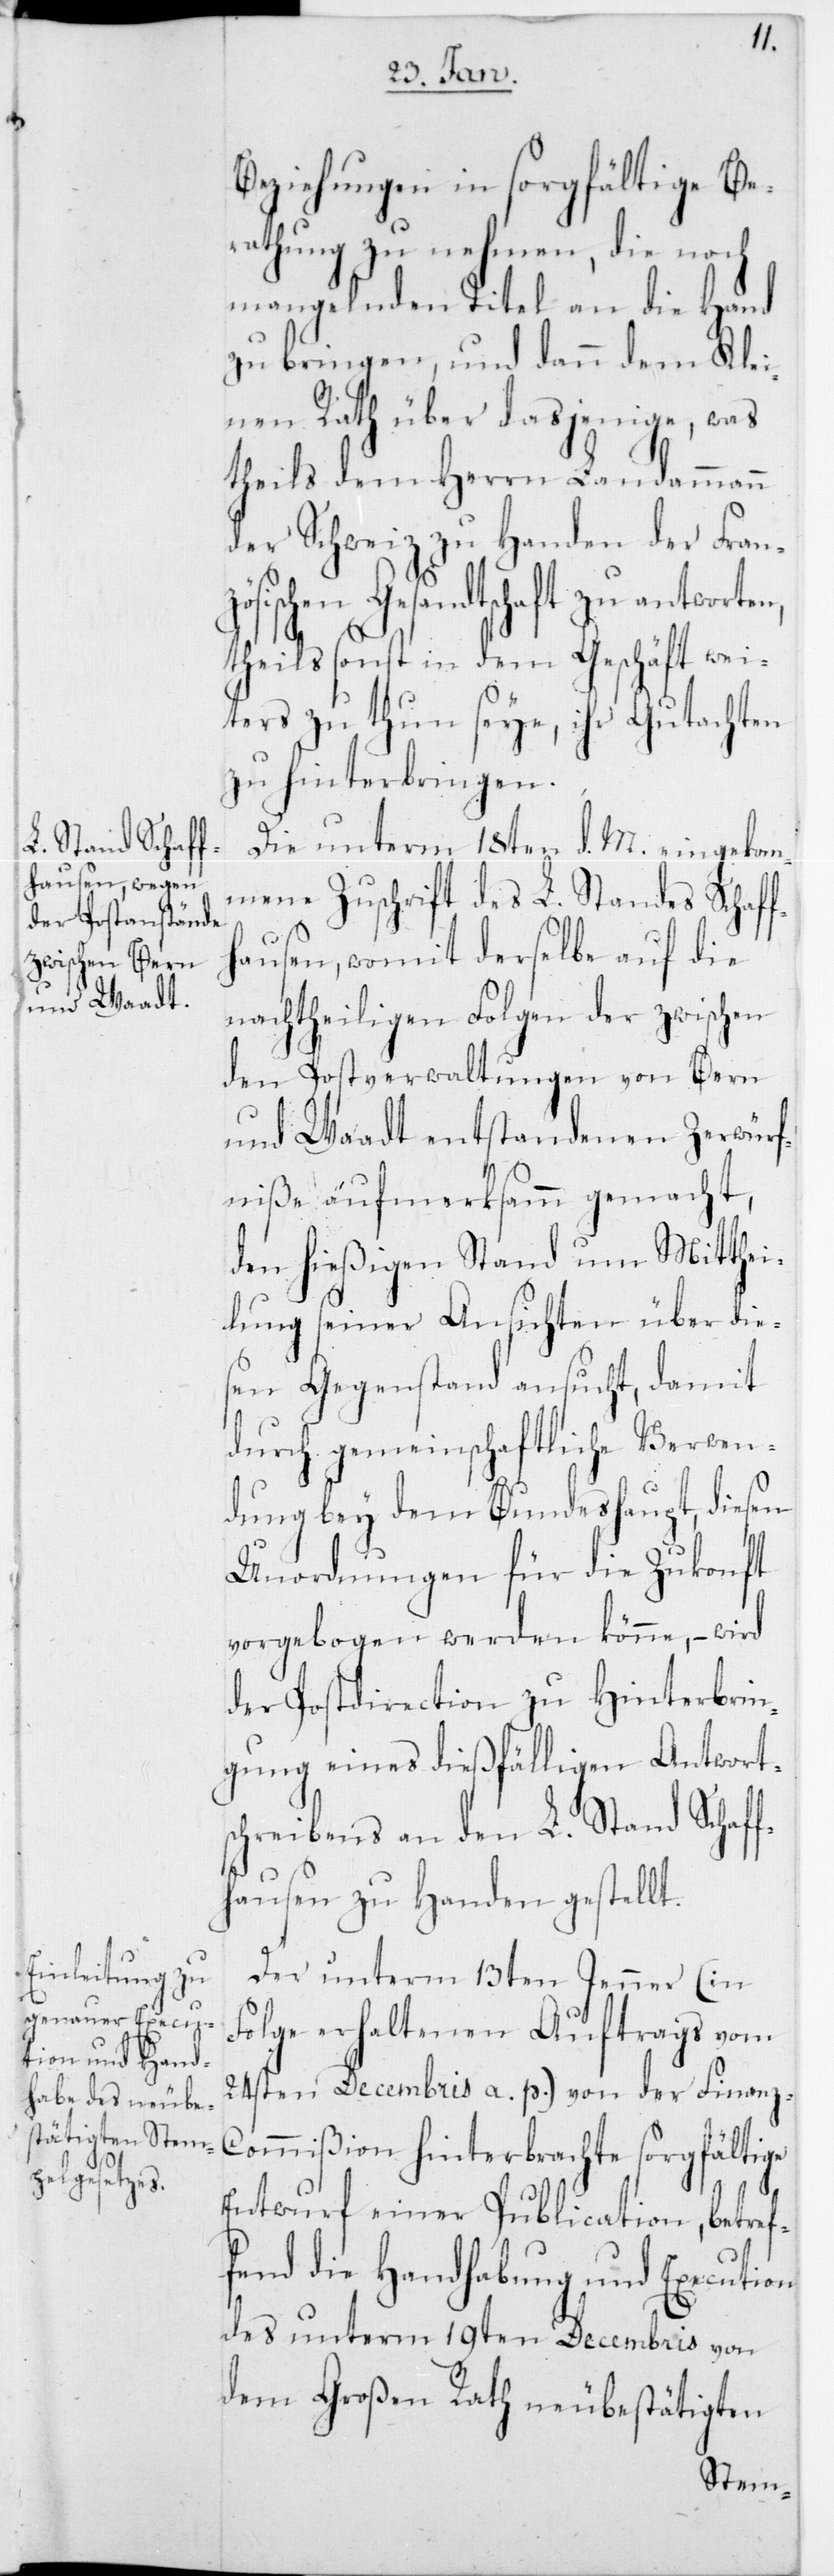
n,
Beziehungen in sorgfältige Be¬
rathung zu nehmen, die noch
mangelnden Titel an die Hand
zu bringen und dann dem Klei¬
nen Rat über dasjenige, was
theils dem Herrn Landammann
der Schweiz zu Handen der Fran¬
sischen Gesandtschaft zu antworte¬
theils sonst in dem Geschäft wei¬
ters zu thun seye, ihr Gutachten
zu hinterbringen.
Die unterm 18ten d. M. eingekom¬
mene Zuschrift des L. Standes Schaff¬
hausen, womit derselbe auf die
nachtheiligen Folgen der zwischen
den Postverwaltungen von Bern
und Waadt entstandenen Zerwürf¬
niße aufmerksamm gemacht,
den hießigen Stand um Mitthei¬
lung seiner Ansichten über die¬
sen Gegenstand ansucht, damit
durch gemeinschaftliche Verwen¬
dung bey dem Bundeshaupt, diesen
Unordnungen für die Zukonft
vorgebogen werden könne, – wird
der Postdirection zu Hinterbrin¬
gung eines dießfälligen Antwort¬
schreibens an den L Stand Schaff¬
hausen zu Handen gestellt.
Der unterm 13ten Jenner (in
Folge erhaltenen Auftrags vom
24sten Decembris a. p.) von der Finanz-C¬
ommißion hinterbrachte sorgfältige
Entwurf einer Publication, betref¬
fend die Handhabung und Execution
des unterm 19ten Decembris von
dem Großen Rath neubestätigten